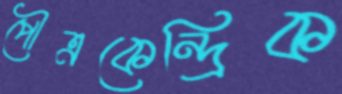
পৌত্রকেন্দ্রিক